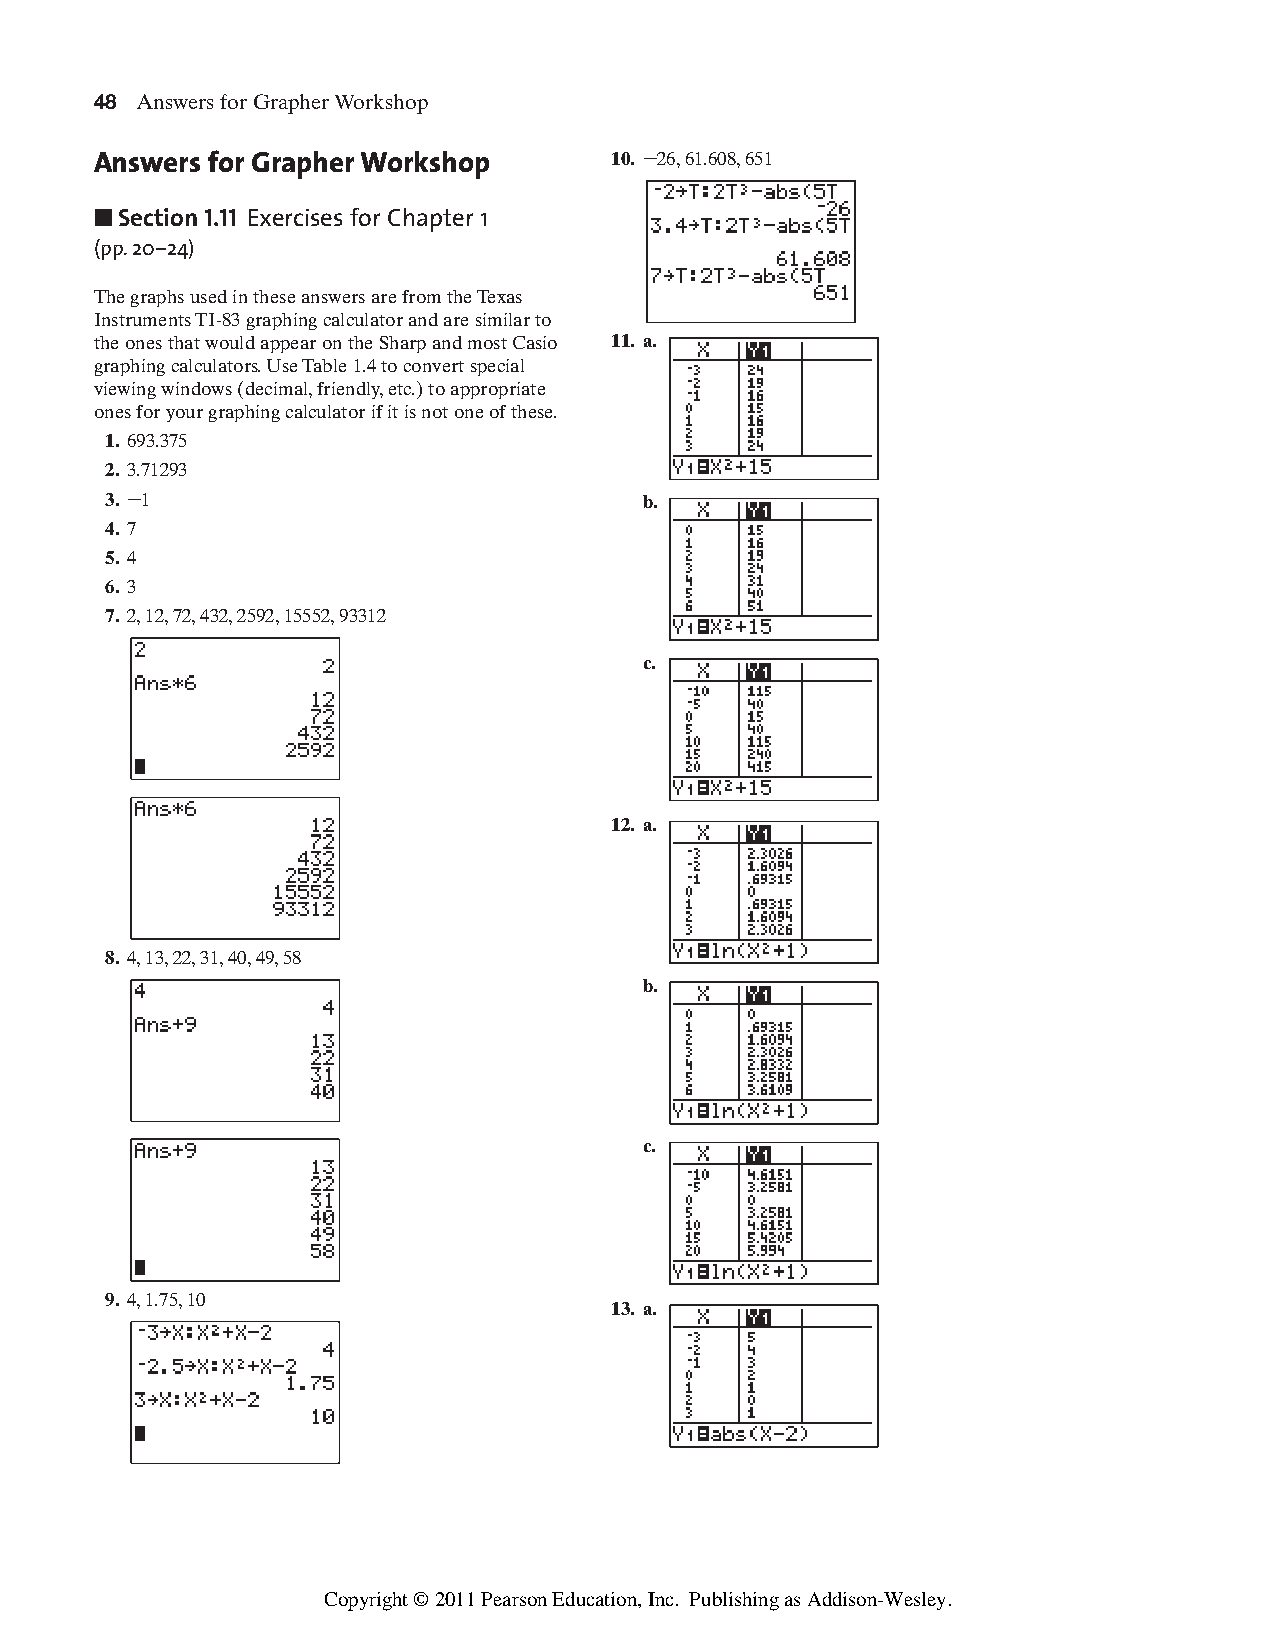
DFKW-PC5-GM-BM 12/20/05 4:38 PM Page 48
 48 Answers for Grapher Workshop
 Answers for Grapher Workshop      10. –26,61.608,651
 ■ Section 1.11 Exercises for Chapter 1
 (pp.20–24)
 The graphs used in these answers are from the Texas
 Instruments TI-83 graphing calculator and are similar to
 the ones that would appear on the Sharp and most Casio 11. a.
 graphing calculators.Use Table 1.4 to convert special
 viewing windows (decimal,friendly,etc.) to appropriate
 ones for your graphing calculator if it is not one of these.
 1. 693.375
 2. 3.71293
 3. –1                               b.
 4. 7
 5. 4
 6. 3
 7. 2,12,72,432,2592,15552,93312
 c.
 12. a.
 8. 4,13,22,31,40,49,58
 b.
 c.
 9. 4,1.75,10
 13. a.
 Copyright © 2011 Pearson Education, Inc. Publishing as Addison-Wesley.